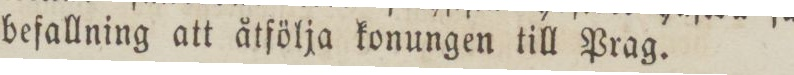
befallning att åtfölja konungen till Prag.